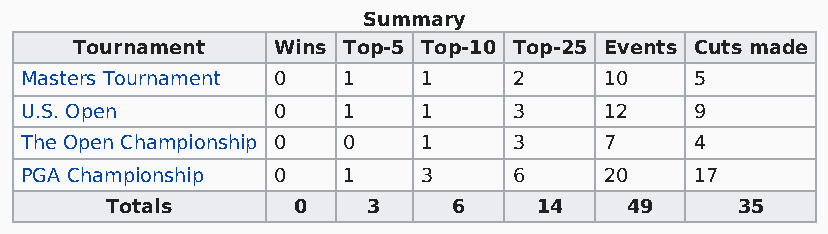
Summary
 Tournament   Wins Top-5 Top-10 Top-25 Events Cuts made
 Masters Tournament 0  1    1     2     10    5
 U.S. Open        0    1    1     3     12    9
 The Open Championship 0 0  1     3     7     4
 PGA Championship 0    1    3     6     20    17
 Totals      0    3     6    14    49      35